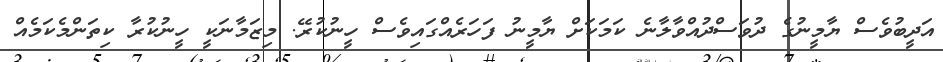
އަދީބުވެސް ޔާމީނުގެ ދުވަސްދުއްވާލާނެ ކަމަކަށް ޔާމީނު ފަހަރެއްގައިވެސް ހީނުކުރޭ. މިޒަމާނަކީ ހީނުކުރާ ކިތަންމެކަމެއް